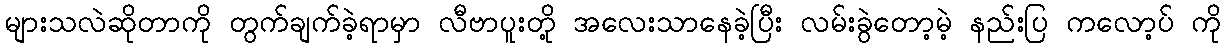
များသလဲဆိုတာကို တွက်ချက်ခဲ့ရာမှာ လီဗာပူးတို့ အလေးသာနေခဲ့ပြီး လမ်းခွဲတော့မဲ့ နည်းပြ ကလော့ပ် ကို